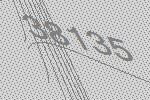
38135